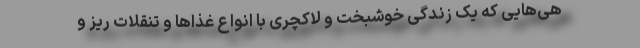
هی‌هایی که یک زندگی خوشبخت و لاکچری با انواع غذاها و تنقلاتِ ریز و